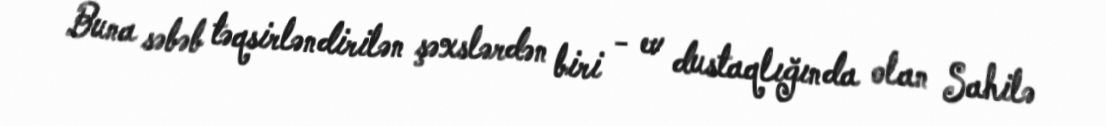
Buna səbəb təqsirləndirilən şəxslərdən biri - ev dustaqlığında olan Sahilə